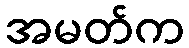
အမတ်က